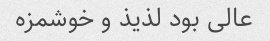
عالی بود لذیذ و خوشمزه